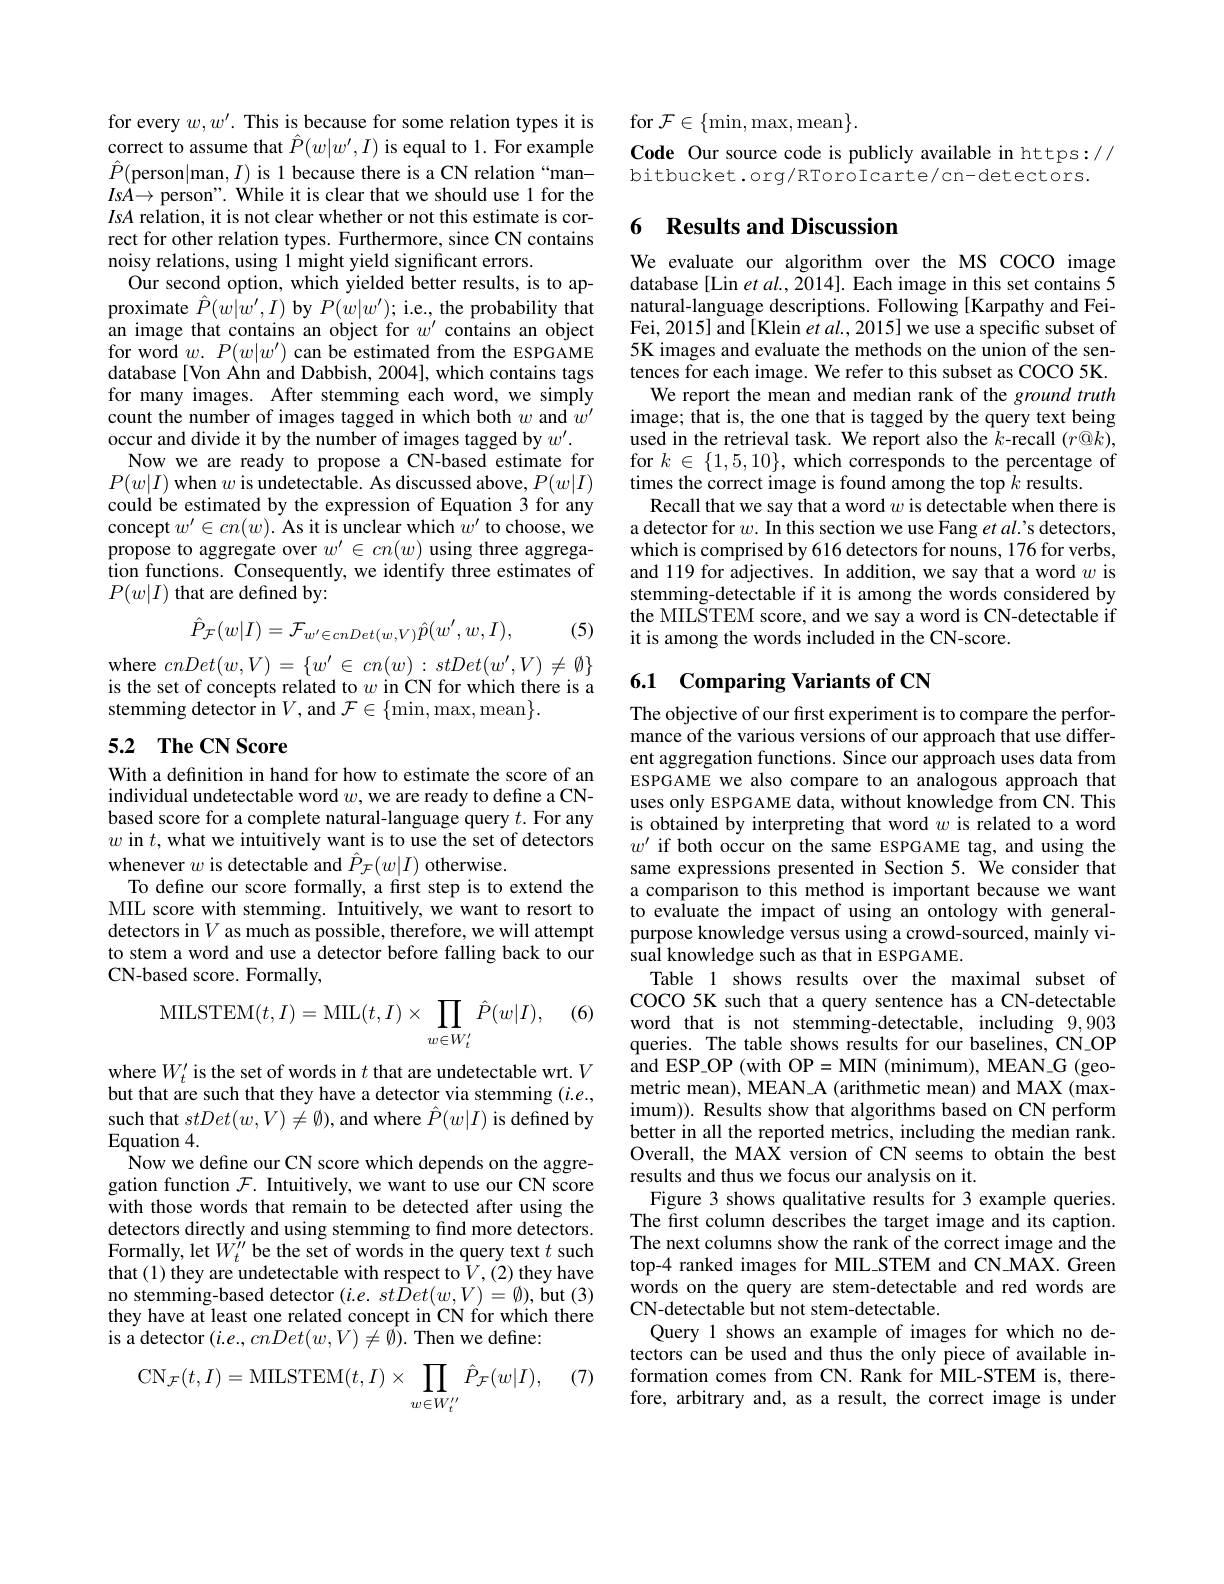
for every $w,w^\prime.$ This is because for some relation types it is correct to assume that $\hat{P}(w|w^{\prime},I)$ is equal to 1. For example $\hat{P}($person|man,$I)$ is 1 because there is a CN relation“man- $IsA\to$ person". While it is clear that we should use 1 for the IsA relation, it is not clear whether or not this estimate is correct for other relation types. Furthermore, since CN contains noisy relations, using 1 might yield significant errors.
Our second option, which yielded better results, is to approximate $\hat{P}(w|w^{\prime},I)$ by $P(w|w^{\prime});$ i.e., the probability that an image that contains an object for $w^\prime$ contains an object for word $w.P(w|w^{\prime})$ can be estimated from the ESPGAME database[ Von Ahn and Dabbish, 2004], which contains tags for many images. After stemming each word, we simply count the number of images tagged in which both $w$ and $w^\prime$ occur and divide it by the number of images tagged by $w^\prime.$
Now we are ready to propose a CN-based estimate for $P(w|I)$ when $w$ is undetectable. As discussed above, $P(w|I)$ could be estimated by the expression of Equation 3 for any concept $w^\prime\in cn(w).$ As it is unclear which $w^\prime$ to choose, we propose to aggregate over $w^\prime\in cn(w)$ using three aggregation functions. Consequently, we identify three estimates of $P(w|I)$ that are defined by:
$$\hat{P}_{\mathcal{F}}(w|I)=\mathcal{F}_{w'\in cnDet(w,V)}\hat{p}(w',w,I),$$
(5)

where $cnDet(w,V)=\{w^{\prime}\in cn(w):stDet(w^{\prime},V)\neq\emptyset\}$ is the set of concepts related to $w$ in CN for which there is a stemming detector in $V$, and $\mathcal{F} \in \{$min,max, mean$\}.$

## 5.2 The CN Score

With a definition in hand for how to estimate the score of an individual undetectable word $w$, we are ready to define a CNbased score for a complete natural-language query $t.$ For any $w$ in $t$, what we intuitively want is to use the set of detectors whenever $w$ is detectable and $\hat{P}_{\mathcal{F}}(w|I)$ otherwise.
To define our score formally, a first step is to extend the MIL score with stemming. Intuitively, we want to resort to detectors in $V$ as much as possible, therefore, we will attempt to stem a word and use a detector before falling back to our CN-based score. Formally,

(6)
$$\mathrm{MILSTEM}(t,I)=\mathrm{MIL}(t,I)\times\prod_{w\in W_{t}^{\prime}}\hat{P}(w|I),$$
where $W_t^\prime$ is the set of words in $t$ that are undetectable wrt. $V$ but that are such that they have a detector via stemming $(i.e.$, such that $stDet(w,V)\neq\emptyset)$,and where $\hat{P}(w|I)$ is defined by Equation 4.
Now we define our CN score which depends on the aggregation function $\mathcal{F}.$ Intuitively, we want to use our CN score with those words that remain to be detected after using the detectors directly and using stemming to find more detectors. Formally, let $W_{t}^{\prime\prime}$ be the set of words in the query text $t$ such that (1) they are undetectable with respect to$V,(2)$ they have no stemming-based detector $(i.e.st\hat{D}et(w,V)=\emptyset)$, but (3) they have at least one related concept in CN for which there is a detector $(i.e.,cnDet(w,V)\neq\bar{\emptyset}).$ Then we define:

(7)
$$\mathrm{CN}_{\mathcal{F}}(t,I)=\mathrm{MILSTEM}(t,I)\times\prod_{w\in W_t^{\prime\prime}}\hat{P}_{\mathcal{F}}(w|I),$$
for $\mathcal{F}\in\{\min,\max,\max\}.$
Code Our source code is publicly available in https://
bitbucket.org/RToroIcarte/cn-detectors.

### 6 Results and Discussion

We evaluate our algorithm over the MS COCO image database [Lin $etal.,2014].$ Each image in this set contains 5 natural-language descriptions. Following [Karpathy and FeiFei, 2015] and [Klein $et\textit{al. , 2015}$ we use a specific subset of 5K images and evaluate the methods on the union of the sentences for each image. We refer to this subset as COCO 5K.
We report the mean and median rank of the ground truth image; that is, the one that is tagged by the query text being used in the retrieval task. We report also the $k$-recall $(r@k)$, for $k\in\{1,5,10\}$,which corresponds to the percentage of times the correct image is found among the top $k$ results.
Recall that we say that a word $w$ is detectable when there is a detector for $w.$ In this section we use Fang $et\textit{al' s detectors, }$ which is comprised by 616 detectors for nouns, 176 for verbs, and 119 for adjectives. In addition, we say that a word $w$ is stemming-detectable if it is among the words considered by the MILSTEM score, and we say a word is CN-detectable if it is among the words included in the CN-score.

## 6.1 Comparing Variants of CN

The objective of our first experiment is to compare the performance of the various versions of our approach that use different aggregation functions. Since our approach uses data from ESPGAME we also compare to an analogous approach that uses only ESPGAME data, without knowledge from CN. This is obtained by interpreting that word $w$ is related to a word $w^{\prime}$ if both occur on the same ESPGAME tag, and using the same expressions presented in Section 5. We consider that a comparison to this method is important because we want to evaluate the impact of using an ontology with generalpurpose knowledge versus using a crowd-sourced, mainly visual knowledge such as that in ESPGAME.
Table 1 shows results over the maximal subset of COCO 5K such that a query sentence has a CN-detectable word that is not stemming-detectable, including 9,903 queries. The table shows results for our baselines, CN-OP and ESP\_OP (with OP=MIN (minimum), MEAN\_G (geometric mean), MEAN A (arithmetic mean) and MAX (maximum)). Results show that algorithms based on CN perform better in all the reported metrics, including the median rank. Overall, the MAX version of CN seems to obtain the best results and thus we focus our analysis on it.
Figure 3 shows qualitative results for 3 example queries. The first column describes the target image and its caption. The next columns show the rank of the correct image and the top-4 ranked images for MIL\_STEM and CN\_MAX. Green words on the query are stem-detectable and red words are CN-detectable but not stem-detectable.
Query 1 shows an example of images for which no detectors can be used and thus the only piece of available information comes from CN. Rank for MIL-STEM is, therefore, arbitrary and, as a result, the correct image is under